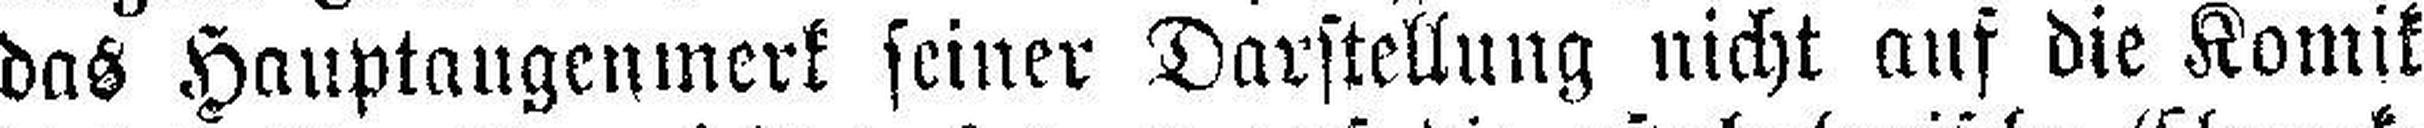
das Hauptaugenmerk seiner Darstellung nicht auf die Komik